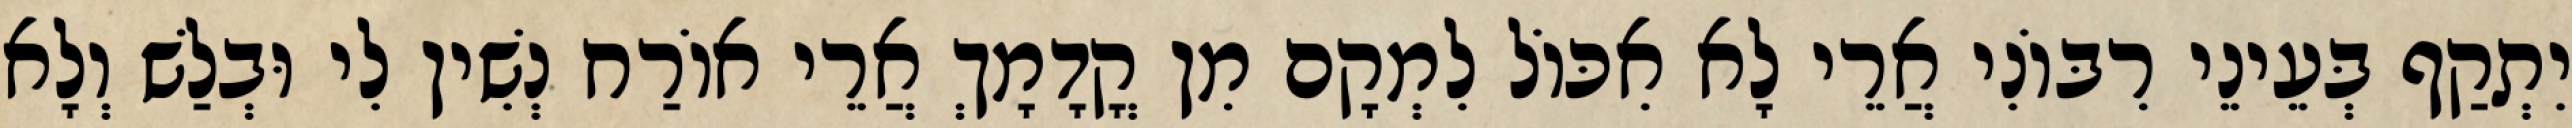
יִתְקַף בְּעֵינֵי רִבּוֹנִי אֲרֵי לָא אִכּוֹל לִמְקָם מִן קֳדָמָךְ אֲרֵי אוֹרַח נְשִׁין לִי וּבְלַשׁ וְלָא